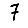
Digit: 7